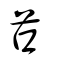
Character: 𦬅